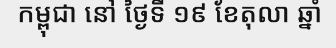
កម្ពុជា នៅ ថ្ងៃទី ១៩ ខែតុលា ឆ្នាំ